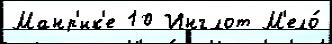
Манр'ик'е 10 Инглот М'ело́